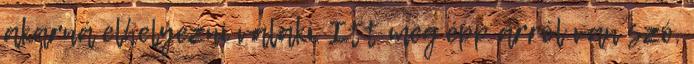
akarná elhelyezni valaki. Itt meg épp arról van szó,